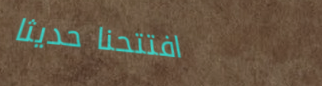
افتتحنا حديثاً